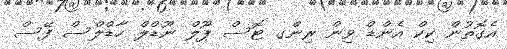
އެގޮތުން ކިކް އެންޑް ވިން ރިންގ ޓޮސް ޕޫލް ނޫޑްލް ހާޑްލްސް ފޭސް